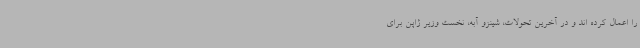
را اعمال کرده اند و در آخرین تحولات، شینزو آبه، نخست وزیر ژاپن برای